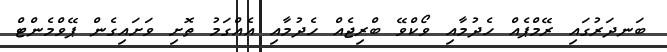
ބަނދަރުގައި ރޭމްޕެއް ހެދުމާއި ވޯކްވޭ ބްރިޖެއް ހެދުމާއި އެއްގަމު ތޮށި ވަށައިގެން ޕޭވްމެންޓް